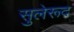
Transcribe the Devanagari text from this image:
सुलेरूद